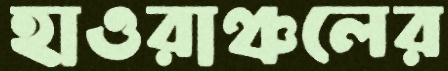
হাওরাঞ্চলের